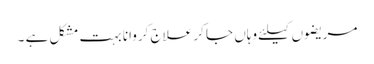
مریضوں کیلئے وہاں جا کر علاج کروانا بہت مشکل ہے ۔